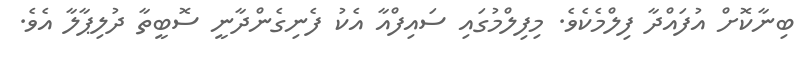
ބިނާކޮށް އުފައްދާ ފިލްމެކެވެ. މިފިލްމުގައި ސައިފްއާ އެކު ފެނިގެންދާނީ ސޮބީތާ ދުލިޕާލާ އެވެ.